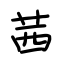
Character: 茜